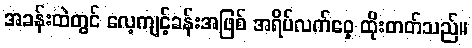
အခန်းထဲတွင် လေ့ကျင့်ခန်းအဖြစ် အရိပ်လက်ဝှေ့ ထိုးတတ်သည်။